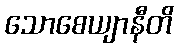
သောစေယျာနီတိ